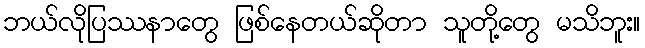
ဘယ်လိုပြဿနာတွေ ဖြစ်နေတယ်ဆိုတာ သူတို့တွေ မသိဘူး။